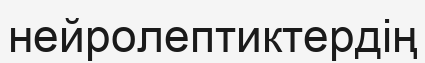
нейролептиктердің